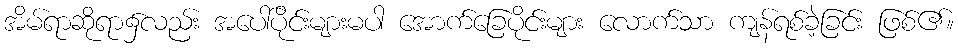
အိမ်ရာဆိုရာ၌လည်း အပေါ်ပိုင်းများမပါ အောက်ခြေပိုင်းများ လောက်သာ ကျန်ရစ်ခဲ့ခြင်း ဖြစ်၏။